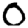
Digit: 0